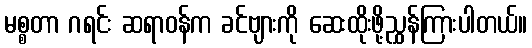
မစ္စတာ ဂရင်း ဆရာဝန်က ခင်ဗျားကို ဆေးထိုးဖို့ညွှန်ကြားပါတယ်။